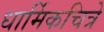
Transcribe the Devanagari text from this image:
धार्मिकचित्रे